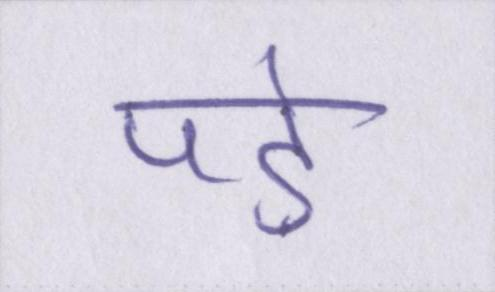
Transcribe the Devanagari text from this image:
पड़े